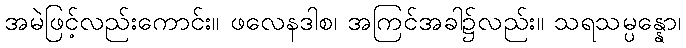
အမဲဖြင့်လည်းကောင်း။ ဖလေနဒါစ၊ အကြင်အခါ၌လည်း။ သရသမ္ပန္နော၊